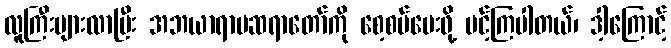
လူကြီးများလာပြီး အဘယာရာမဆရာတော်ကို စေ့စပ်ပေးဖို့ ပင့်ကြပါတယ်၊ ဒါ့ကြောင့်